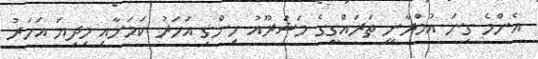
އެންމެ ގިނަ އުމްރާނީ ތަރައްގީގެ މަޝަރޫއު ހިންގި އަހަރު ކަމަށާއި މިދިޔަ އަހަރު